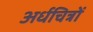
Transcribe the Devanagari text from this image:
अर्धचित्रों